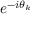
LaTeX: e ^ { - i \theta _ { k } }